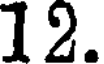
12.